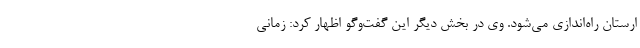
ارستان راه‌اندازی می‌شود. وی در بخش دیگر این گفت‌وگو اظهار کرد: زمانی